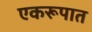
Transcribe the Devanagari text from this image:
एकरूपात